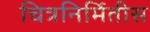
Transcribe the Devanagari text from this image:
चित्रनिर्मितीस